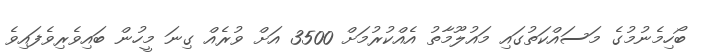
ބޯހިމެނުމުގެ މަސައްކަތުގައި މައުލޫމާތު އެއްކުރުމަށް 3500 އަށް ވުރެއް ގިނަ މީހުން ބައިވެރިވެފައިވެ